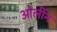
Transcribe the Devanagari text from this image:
ओर्लीन